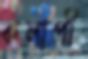
কলাপী